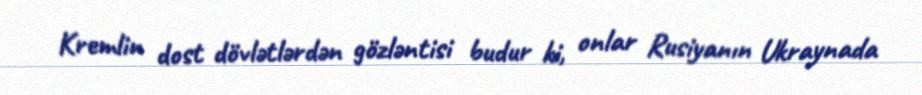
Kremlin dost dövlətlərdən gözləntisi budur ki, onlar Rusiyanın Ukraynada